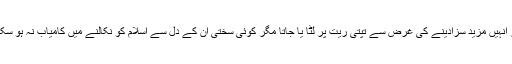
پھر انہیں مزید سزادینے کی غرض سے تپتی ریت پر لٹا یا جاتا مگر کوئی سختی ان کے دل سے اسلام کو نکالنے میں کامیاب نہ ہو سکی ۔